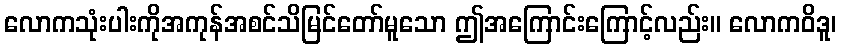
လောကသုံးပါးကိုအကုန်အစင်သိမြင်တော်မူသော ဤအကြောင်းကြောင့်လည်း။ လောကဝိဒူ၊